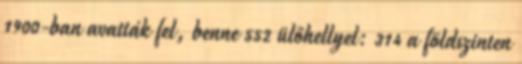
1900-ban avatták fel, benne 552 ülőhellyel: 314 a földszinten